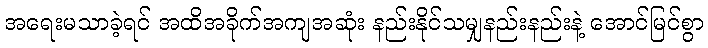
အရေးမသာခဲ့ရင် အထိအခိုက်အကျအဆုံး နည်းနိုင်သမျှနည်းနည်းနဲ့ အောင်မြင်စွာ